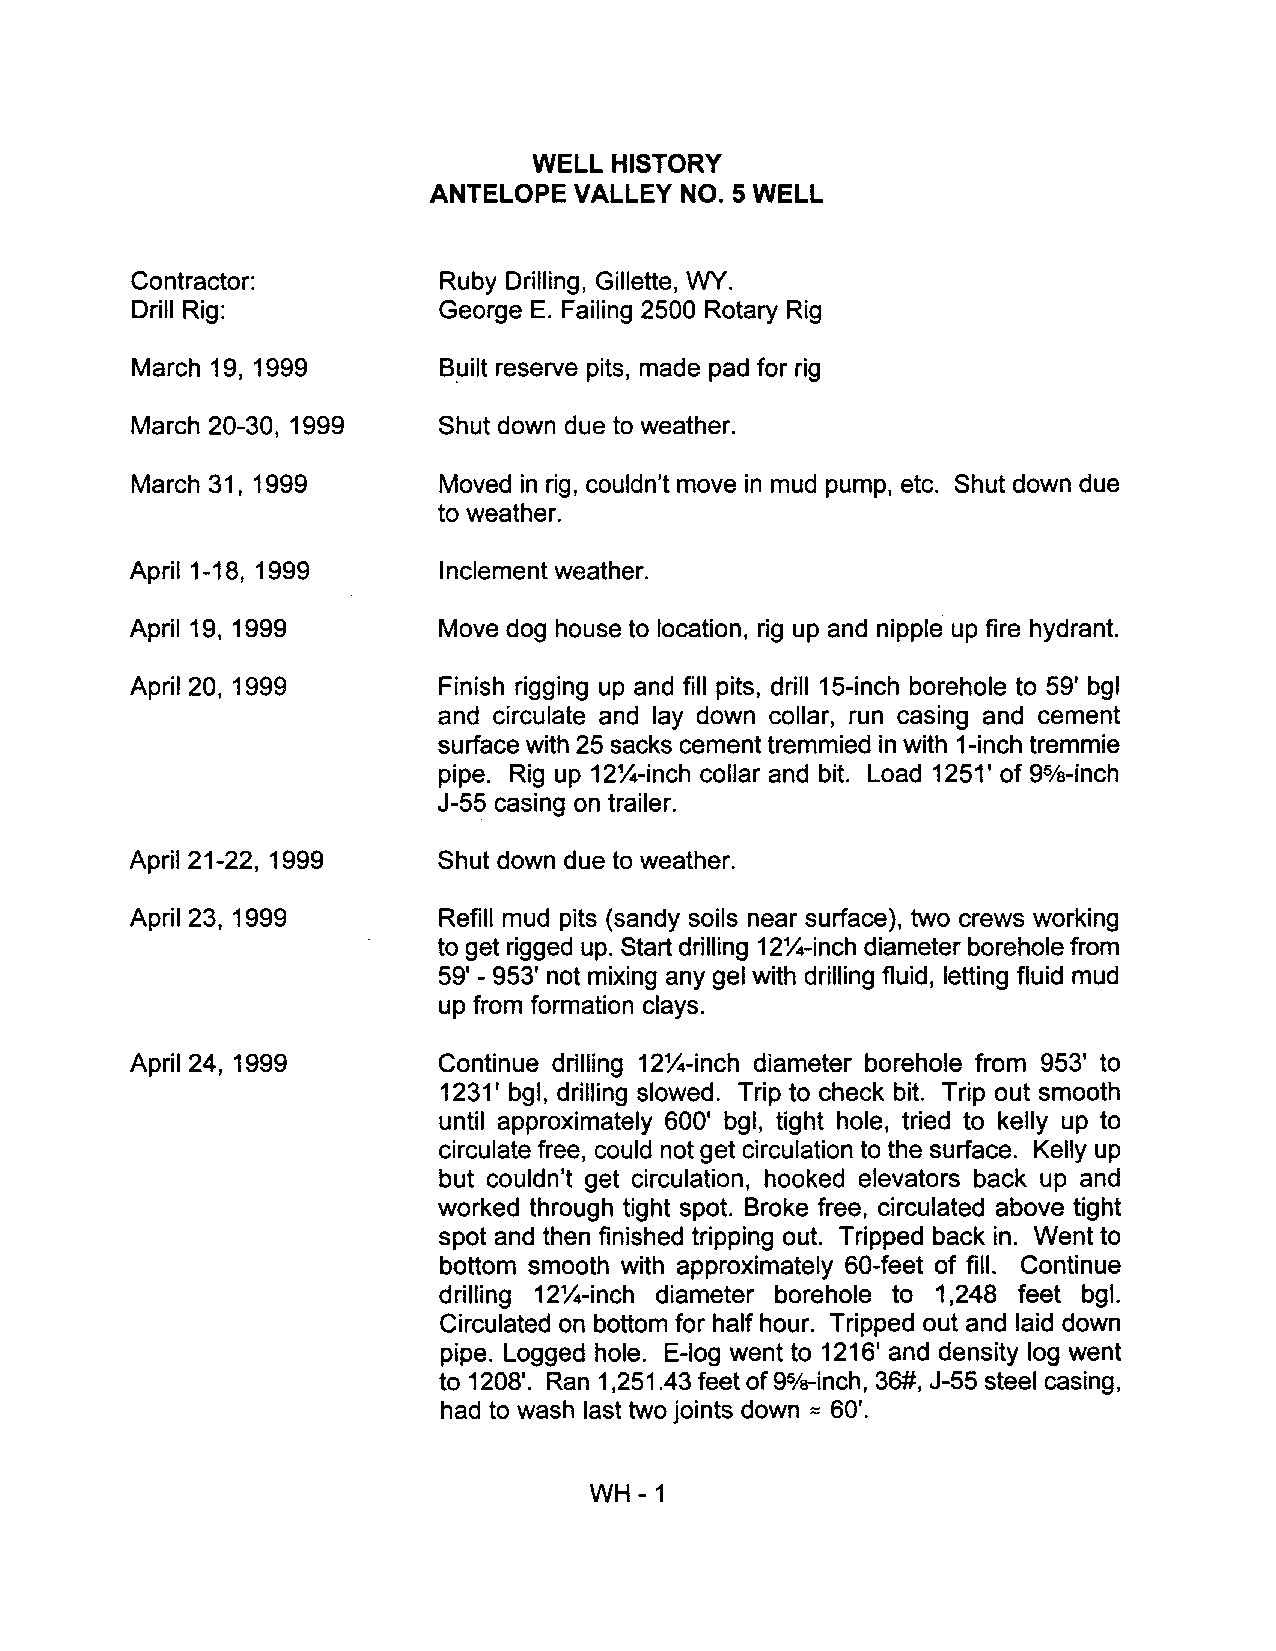
WELL  HISTORY
 ANTELOPE VALLEY NO.5 WELL
 Contractor:         Ruby Drilling, Gillette, WY.
 Drill Rig:          George E. Failing 2500 Rotary Rig
 March 19, 1999      B.uilt reserve pits, made pad for rig
 March 20-30, 1999   Shut down due to weather.
 March 31, 1999      Moved in rig, couldn't move in mud pump, etc. Shut down due
 to weather.
 April 1-18, 1999    I nclement weather.
 April 19, 1999      Move dog house to location, rig up and nipple up fire hydrant.
 April 20, 1999      Finish rigging up and fill pits, drill 15-inch borehole to 59' bgl
 and circulate and lay down collar, run casing and cement
 surface with 25 sacks cement tremmied in with 1-inch tremmie
 pipe. Rig up 12X-inch collar and bit. Load 1251' of 95/s-inch
 J-55 casing on trailer.
 April 21-22, 1999   Shut down due to weather.
 April 23, 1999      Refill mud pits (sandy soils near surface), two crews working
 to get rigged up. Start drilling 12X-inch diameter borehole from
 59' - 953' not mixing any gel with drilling fluid, letting fluid mud
 up from formation clays.
 April 24, 1999      Continue drilling 12X-inch diameter borehole from 953' to
 1231' bgl, drilling slowed. Trip to check bit. Trip out smooth
 until approximately 600' bgl, tight hole, tried to kelly up to
 circulate free, could not get circulation to the surface. Kelly up
 but couldn't get circulation, hooked elevators back up and
 worked through tight spot. Broke free, circulated above tight
 spot and then finished tripping out. Tripped back in. Went to
 bottom smooth with approximately 60-feet of fill. Continue
 drilling 12X-inch diameter borehole to 1,248 feet bgl.
 Circulated on bottom for half hour. Tripped out and laid down
 pipe. Logged hole. E-Iog went to 1216' and density log went
 to 1208'. Ran 1,251.43 feet of 95/s-inch, 36#, J-55 steel casing,
 had to wash last two joints down 60'.
 :=
 WH-1